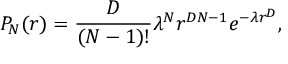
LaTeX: P _ { N } ( r ) = { \frac { D } { ( N - 1 ) ! } } { \lambda } ^ { N } r ^ { D N - 1 } e ^ { - \lambda r ^ { D } } ,